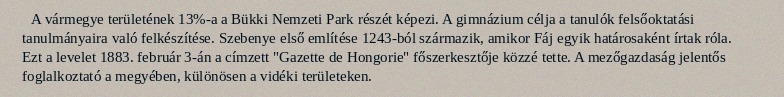
A vármegye területének 13%-a a Bükki Nemzeti Park részét képezi. A gimnázium célja a tanulók felsőoktatási tanulmányaira való felkészítése. Szebenye első említése 1243-ból származik, amikor Fáj egyik határosaként írtak róla. Ezt a levelet 1883. február 3-án a címzett "Gazette de Hongorie" főszerkesztője közzé tette. A mezőgazdaság jelentős foglalkoztató a megyében, különösen a vidéki területeken.